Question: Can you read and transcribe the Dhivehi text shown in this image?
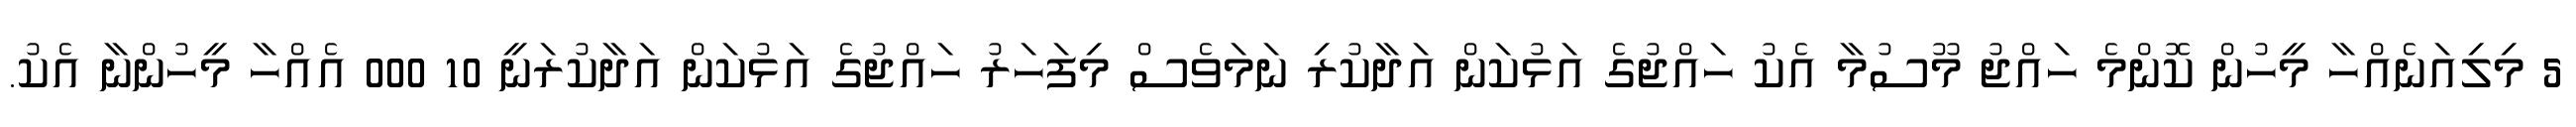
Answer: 5 މިލިއަނެއްހާ މީހުން ކޮންމެ ހައްޖު މޫސުމާ އެކު ހައްޖުގެ އަޅުކަން އަދާކުރި ނަމަވެސް މިފަހަރު ހައްޖުގެ އަޅުކަން އަދާކުރަނީ 10 000 އެއްހާ މީހުންނާ އެކު.